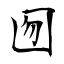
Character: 囫